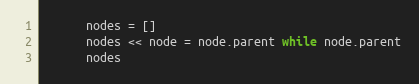
Language: Ruby
      nodes = []
      nodes << node = node.parent while node.parent
      nodes